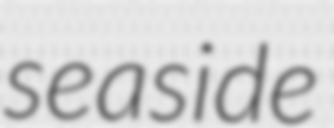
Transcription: seaside